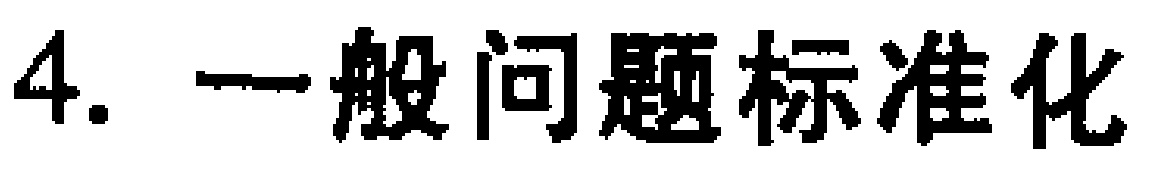
4. 一般问题标准化